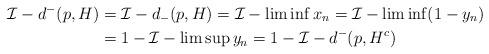
LaTeX: \begin{align*} \mathcal{I}-d^{-}(p,H) & = \mathcal{I}-d_{-}(p,H) = \mathcal{I}-\liminf x_n = \mathcal{I}-\liminf (1-y_n) \\ & = 1- \mathcal{I}-\limsup y_n = 1- \mathcal{I}-d^{-}(p,H^{c})\end{align*}